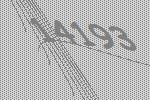
14193